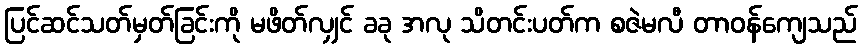
ပြင်ဆင်သတ်မှတ်ခြင်းကို မဖိတ်လျှင် ခခု အလု သိတင်းပတ်က စဇဲမလီ တာဝန်ကျေသည်